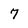
Character: 7